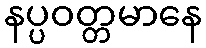
နပ္ပဝတ္တမာနေ